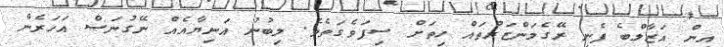
އިން އަޒާލްބެ ފެނި ރޭގެމަންޒަރުތައް ހިތަށް ސިފަވެގަތެވެ. ލިބުނު އަނިޔާއެއް ނޭގުނަސް އަހަރެން